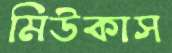
মিউকাস